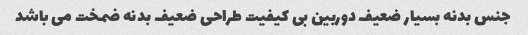
جنس بدنه بسیار ضعیف دوربین بی کیفیت طراحی ضعیف بدنه ضمخت می باشد